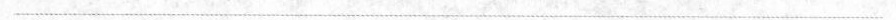
___